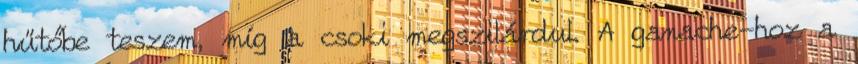
hűtőbe teszem, míg a csoki megszilárdul. A ganache-hoz a